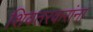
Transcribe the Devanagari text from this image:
शिवतरकरांना